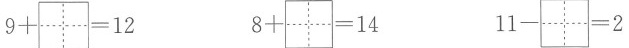
$$9+\aquare =12$$ $$8+\aquare =14$$ $$11-\aquare =2$$